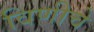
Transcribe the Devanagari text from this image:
विणीचे